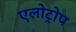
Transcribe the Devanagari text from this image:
एलोट्रोप